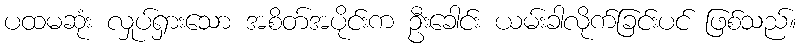
ပထမဆုံး လှုပ်ရှားသော အစိတ်အပိုင်းက ဦးခေါင်း ယမ်းခါလိုက်ခြင်းပင် ဖြစ်သည်။